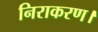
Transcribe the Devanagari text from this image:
निराकरण।